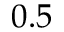
0 . 5